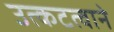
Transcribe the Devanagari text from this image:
उत्कटत्वाने